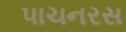
પાચનરસ